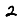
Digit: 2